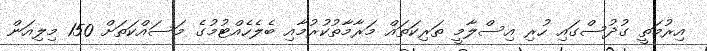
އިރުމަތީ ގުދުސްގައި ހުރި އިސްލާމީ ތަރިކަތައް މަރާމާތުކުރުމާއި ބެލެހެއްޓުމުގެ މަސައްކަތަށް 150 މިލިއަން